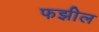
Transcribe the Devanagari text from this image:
फझील